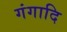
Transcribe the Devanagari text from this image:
गंगादि